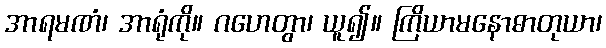
အာရမဏံ၊ အာရုံကို။ ဂဟေတွာ၊ ယူ၍။ ကြိယာမနောဓာတုယာ၊